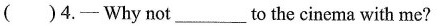
( )4.- Why not__to the cinema with me?